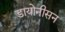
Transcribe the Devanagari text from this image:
डायोनीसन